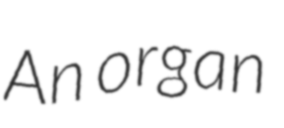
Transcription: An organ